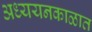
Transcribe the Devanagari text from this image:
अध्ययनकाळात